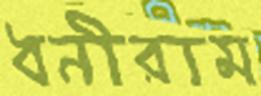
ধনীরাম